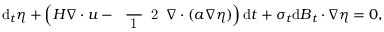
\mathrm { d } _ { t } \eta + \Big ( H \boldsymbol { \nabla } \boldsymbol { \cdot } \boldsymbol { u } - \mathrm { ~ \scriptsize ~ \frac ~ { ~ 1 ~ } ~ { ~ 2 ~ } ~ } \boldsymbol { \nabla } \boldsymbol { \cdot } ( \boldsymbol { a } \boldsymbol { \nabla } \eta ) \Big ) \, \mathrm { d } t + \boldsymbol { \sigma } _ { t } \mathrm { d } \boldsymbol { B } _ { t } \boldsymbol { \cdot } \boldsymbol { \nabla } \eta = 0 ,